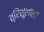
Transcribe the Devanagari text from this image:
त्रिशूलाला